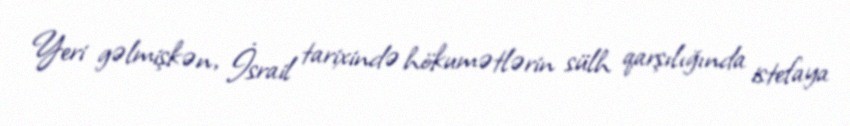
Yeri gəlmişkən, İsrail tarixində hökumətlərin sülh qarşılığında istefaya